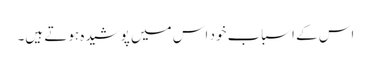
اس کے اسباب خود اس میں پوشیدہ ہوتے ہیں۔